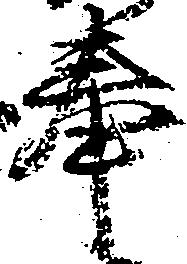
奉